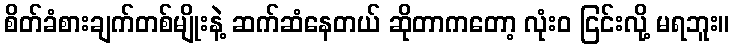
စိတ်ခံစားချက်တစ်မျိုးနဲ့ ဆက်ဆံနေတယ် ဆိုတာကတော့ လုံးဝ ငြင်းလို့ မရဘူး။